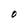
Character: O